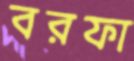
বরফা